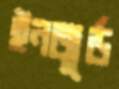
ইনজুর্ড